Report of the Indian Hemp Drugs Commission, 1894-1895 - Volume VII
Year: 1894
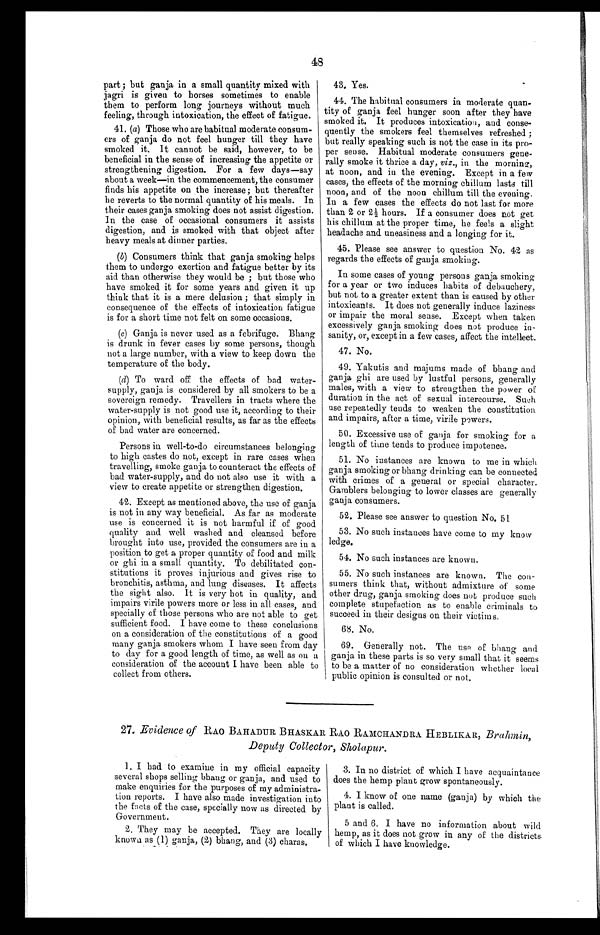
48
part ; but ganja in a small quantity mixed with
jagri is given to horses sometimes to enable
them to perform long journeys without much
feeling, through intoxication, the effect of fatigue.
41. (a) Those who are habitual moderate consum
- e r s o f g a n j a d o n o t f e e l h u n g e r t i l l t h e y h a v e
smoked it. It cannot be said, however, to be
beneficial in the sense of increasing the appetite or
strengthening digestion. For a few days—say
about a week—in the commencement, the consumer
finds his appetite on the increase; but thereafter
he reverts to the normal quantity of his meals. In
their cases ganja smoking does not assist digestion.
In the case of occasional consumers it assists
digestion, and is smoked with that object after
heavy meals at dinner parties.
(b) Consumers think that ganja smoking helps
them to undergo exertion and fatigue better by its
aid than otherwise they would be ; but those who
have smoked it for some years and given it up
think that it is a mere delusion ; that simply in
consequence of the effects of intoxication fatigue
is for a short time not felt on some occasions.
(c) Ganja is never used as a febrifuge. Bhang
is drunk in fever cases by some persons, though
not a large number, with a view to keep down the
temperature of the body.
(d) To ward off the effects of bad water
- s u p p l y , g a n j a i s c o n s i d e r e d b y a l l s m o k e r s t o b e a
sovereign remedy. Travellers in tracts where the
water-supply is not good use it, according to their
opinion, with beneficial results, as far as the effects
of bad water are concerned.
Persons in well-to-do circumstances belonging
to high castes do not, except in rare cases when
travelling, smoke ganja to counteract the effects of
bad water-supply, and do not also use it with a
view to create appetite or strengthen digestion.
42. Except as mentioned above, the use of ganja
is not in any way beneficial. As far as moderate
use is concerned it is not harmful if of good
quality and well washed and cleansed before
brought into use, provided the consumers are in a
position to get a proper quantity of food and milk
or ghi in a small quantity. To debilitated co
n - s t i t u t i o n s i t p r o v e s i n j u r i o u s a n d g i v e s r i s e t o
bronchitis, asthma, and lung diseases. It affects
the sight also. It is very hot in quality, and
impairs virile powers more or less in all cases, and
specially of those persons who are not able to get
sufficient food. I have come to these conclusions
on a consideration of the constitutions of a good
many ganja smokers whom I have seen from day
to day for a good length of time, as well as on a
consideration of the account I have been able to
collect from others.
43. Yes.
44. The habitual consumers in moderate quan
- t i t y o f g a n j a f e e l h u n g e r s o o n a f t e r t h e y h a v e
smoked it. It produces intoxication, and conse
- q u e n t l y t h e s m o k e r s f e e l t h e m s e l v e s r e f r e s h e d ;
but really speaking such is not the case in its pro
-per sense. Habitual moderate consumers gene
- r a l l y s m o k e i t t h r i c e a d a y ,v
i z . ,
i n t h e m o r n i n g ,
at noon, and in the evening. Except in a few
cases, the effects of the morning chillum lasts till
noon, and of the noon chillum till the evening.
In a few cases the effects do not last for more
than 2 or 2½ hours. If a consumer does not get
his chillum at the proper time, he feels a slight
headache and uneasiness and a longing for it.
45. Please see answer to question No. 42 as
regards the effects of ganja smoking.
In some cases of young persons ganja smoking
for a year or two induces habits of debauchery,
but not to a greater extent than is caused by other
intoxicants. It does not generally induce laziness
or impair the moral sense. Except when taken
excessively ganja smoking does not produce in
-sanity, or, except in a few cases, affect the intellect.
47. No.
49. Yakutis and majums made of bhang and
ganja ghi are used by lustful persons, generally
males, with a view to strengthen the power of
duration in the act of sexual intercourse. Such
use repeatedly tends to weaken the constitution
and impairs, after a time, virile powers.
50. Excessive use of ganja for smoking for a
length of time tends to produce impotence.
51. No instances are known to me in which
ganja smoking or bhang drinking can be connected
with crimes of a general or special character.
Gamblers belonging to lower classes are generally
ganja consumers.
5 2 . P l e a s e s e e a n s w e r t o q u e s t i o n N o . 5 1
53. No such instances have come to my know
ledge.
5 4 . N o s u c h i n s t a n c e s a r e k n o w n .
55. No such instances are known. The con
- s u m e r s t h i n k t h a t , w i t h o u t a d m i x t u r e o f s o m e
other drug, ganja smoking does not produce such
complete stupefaction as to enable criminals to
succeed in their designs on their victims.
6 8 . N o .
69. Generally not. The use of bhang and
ganja in these parts is so very small that it seems
to be a matter of no consideration whether local
public opinion is consulted or not.
27. Evidence of RAO BAHADUR BHASKAR RAO RAMCHANDRA HEBLIKAR, Brahmin,
Depu ty Collector, Sholapur.
1. I had to examine in my official capacity
several shops selling bhang or ganja, and used to
make enquiries for the purposes of my administra
- t i o n r e p o r t s . I h a v e a l s o m a d e i n v e s t i g a t i o n i n t o
the facts of the case, specially now as directed by
Government.
2. They may be accepted. They are locally
known as (1) ganja, (2) bhang, and (3) charas.
3. In no district of which I have acquaintance
does the hemp plant grow spontaneously.
4. I know of one name (ganja) by which the
plant is called.
5 and 6. I have no information about wild
hemp, as it does not grow in any of the districts
of which I have knowledge.